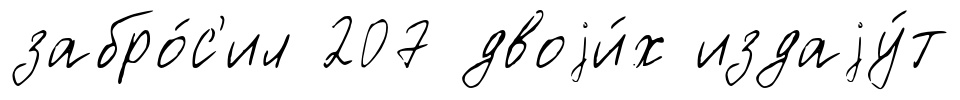
забро́с'ил 207 двоjи́х издаjу́т